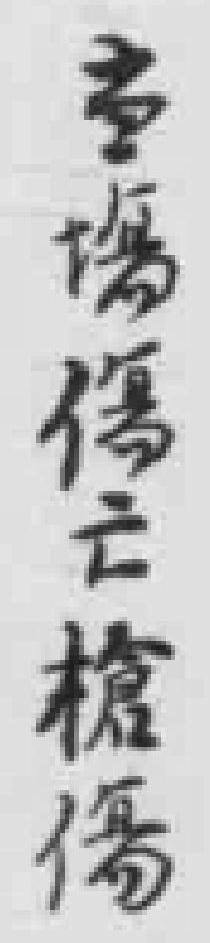
当場傷亡槍傷